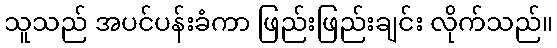
သူသည် အပင်ပန်းခံကာ ဖြည်းဖြည်းချင်း လိုက်သည်။